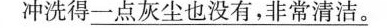
冲洗得一点灰尘也没有，非常清洁。